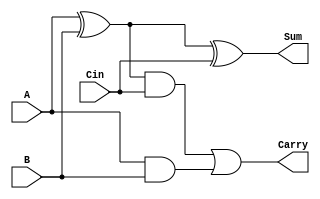

module full_adder_1bit(A,B,Cin,Sum,Carry);
input A,B,Cin;
output Sum,Carry;

wire temp1,temp2,temp3,temp4;
xor(temp1,A,B);
xor(Sum,temp1,Cin);
and(temp2,temp1,Cin);
and(temp3,A,B);
or(Carry,temp2,temp3);

endmodule

//`include "1bit_adder.v"
module adder_64bit(A,B,Sum,carry_overflow);
input [63:0]A;
input [63:0]B;
output [63:0] Sum;
output carry_overflow;


wire [64:0] Cin;
assign Cin[0]=1'b0;

genvar iterator_add;
generate
    for(iterator_add=0;iterator_add<64;iterator_add=iterator_add+1)begin
      full_adder_1bit inst3(A[iterator_add],B[iterator_add],Cin[iterator_add],Sum[iterator_add],Cin[iterator_add+1]);
    end

endgenerate

assign carry_overflow=Cin[64];



endmodule

module and_1bit(A,B,Y);
input A,B;
output Y;
wire temp;

and(temp,A,B);
assign Y=temp;
endmodule


//`include "1bit_and.v"
module and_64bit(A,B,Y);
input [63:0] A;
input [63:0] B;

output[63:0] Y;

genvar iterator_and;
generate
    for(iterator_and=0;iterator_and<64;iterator_and=iterator_and+1)begin
      and_1bit inst1(A[iterator_and],B[iterator_and],Y[iterator_and]);
    end
endgenerate



endmodule

module full_subtractor_1bit(A,B,Cin,M,Sum,Carry);
input A,B,Cin,M;
output Sum,Carry;

wire temp1,temp2,temp3,temp4;
wire bxorM;
xor(bxorM,B,M);
xor(temp1,A,bxorM);
xor(Sum,temp1,Cin);
and(temp2,temp1,Cin);
and(temp3,A,bxorM);
or(Carry,temp2,temp3);

endmodule

//`include "1bit_fulladderwithM.v"
module subtractor_64bit(A,B,Sum,carry_overflow);
input [63:0]A;
input [63:0]B;
output [63:0] Sum;
output carry_overflow;
wire M;
assign M=1'b1;
wire [64:0] Cin;
assign Cin[0]=1'b1;

genvar iterator_sub;
generate
    for(iterator_sub=0;iterator_sub<64;iterator_sub=iterator_sub+1)begin
      full_subtractor_1bit inst3(A[iterator_sub],B[iterator_sub],Cin[iterator_sub],M,Sum[iterator_sub],Cin[iterator_sub+1]);
    end

endgenerate

assign carry_overflow=Cin[64];


endmodule
module xor_1bit(A,B,Y);
input A,B;
output Y;
wire temp;

xor(temp,A,B);
assign Y=temp;
endmodule

//`include "1bit_xor.v"
module xor_64bit(A,B,Y);
input [63:0] A;
input [63:0] B;

output[63:0] Y;

genvar iterator_xor;
generate
    for(iterator_xor=0;iterator_xor<64;iterator_xor=iterator_xor+1)begin
      xor_1bit inst2(A[iterator_xor],B[iterator_xor],Y[iterator_xor]);
    end
endgenerate



endmodule
module alu_64bit(Control,X,Y,Result,carry,Zero_flag,Sign_flag,Overflow_flag);
input [63:0]X;
input [63:0]Y;
input [1:0] Control;
output reg [63:0] Result;
output reg carry;
output reg Zero_flag,Sign_flag,Overflow_flag;

wire[63:0]adder_out;
wire adder_overflow;
wire[63:0]subtractor_out;
wire subtractor_overflow;
wire[63:0]and_out;
wire[63:0]xor_out;

adder_64bit inst10(X,Y,adder_out,adder_overflow);
subtractor_64bit inst1(X,Y,subtractor_out,subtractor_overflow);
and_64bit inst2(X,Y,and_out);
xor_64bit inst3(X,Y,xor_out);

always@(*)
begin
    case(Control)

    2'b00:begin
        //X+Y
        Result=adder_out;
        // Overflow=adder_overflow;
        if(Result==0)begin
            Zero_flag=1'b1;
        end
        else begin
            Zero_flag=1'b0;
        end
        // Overflow_flag=Overflow;
        if(X[63]==1 || Y[63]==1)begin
            Sign_flag=1'b1;
        end
        else begin
            Sign_flag=1'b0;
        end
        if(((X[63]==1) &&(Y[63]==1)))begin
            if(Sign_flag==1 && Y[63]!=1)begin
                Overflow_flag=1;
                
            end
            else if(Sign_flag!=1 && Y[63]==1)begin
                Overflow_flag=1;
                
            end
            else begin
                Overflow_flag=0;
                
            end
        end
        else begin
           
            Overflow_flag=0;
        end
        carry=adder_overflow;

    end

    2'b01:begin
        //X-Y
        Result=subtractor_out;
        // Overflow=subtractor_overflow;
        if(Result==0)begin
            Zero_flag=1'b1;
        end
        else begin
            Zero_flag=1'b0;
        end
        
        if(X<Y && X[63]!=1 && Y[63]!=1)begin
            Sign_flag=1'b1;
        end
        else if(X[63]==1)begin
            Sign_flag=1'b1;
        end
        else begin
            Sign_flag=1'b0;
        end
         if(((X[63]==1) &&(Y[63]==1)))begin
            if(Sign_flag==1 && Y[63]!=1)begin
                Overflow_flag=1;
              
            end
            else if(Sign_flag!=1 && Y[63]==1)begin
                Overflow_flag=1;
                
            end
            else begin
                Overflow_flag=0;
                
            end
        end
        else begin
           
            Overflow_flag=0;
        end
        carry=subtractor_overflow;


    end

    2'b10:begin
        
        
        Result=and_out;
        carry=1'b0;
        if(Result==0)begin
            Zero_flag=1'b1;
        end
        else begin
            Zero_flag=1'b0;
        end
        Overflow_flag=0;
        Sign_flag=1'b0;
        
    end

    2'b11:begin
        
        Result=xor_out;
        carry=1'b0;
        if(Result==0)begin
            Zero_flag=1'b1;
        end
        else begin
            Zero_flag=1'b0;
        end
        Overflow_flag=0;
        Sign_flag=1'b0;
    end



    endcase


end

endmodule
module ALU_A(E_icode,E_valA,E_valC,alu_A);
input [3:0]E_icode;
input [63:0]E_valA,E_valC;
output reg [63:0] alu_A;


//if icode irrmovq or iopq alu_A=valA
//iirmovq irmmovq,imrmovq aluA=valC
//icall ipushq -8
//ret pop 8
always @(*)begin
if(E_icode==4'h2 || E_icode==4'h6)
begin
     alu_A=E_valA;
end
else if(E_icode==4'h3|| E_icode==4'h4||E_icode==4'h5)
begin
     alu_A=E_valC;

end
else if(E_icode==4'h8||E_icode==4'hA)
begin
     alu_A=-64'd8;
end
else if(E_icode==4'h9||E_icode==4'hB)
begin
     alu_A=64'd8;
end


end

endmodule
module ALU_B(E_icode,E_valB,alu_B);
input [3:0]E_icode;
input [63:0]E_valB;
output reg[63:0]alu_B;
//keep valB 0 for rrmovq irmovq 
//alu_B=valB for op,rmmov,mrmov,pop,push,call,ret
always @(*)begin
if(E_icode==4'h4||E_icode==4'h5|| E_icode==4'h6|| E_icode==4'h8||E_icode==4'h9|| E_icode==4'hA||E_icode==4'hB)begin
     alu_B=E_valB;
end
else if(E_icode==4'h2||E_icode==4'h3)begin
   alu_B=64'b0;
end
end
endmodule
module alu_exe(set_cc,E_icode,E_ifun,alu_A,alu_B,e_valE,e_Cnd,ZF,SF,OF,alu_fn,carry);
input [3:0]E_icode,E_ifun;
input[63:0]alu_A,alu_B;
output reg [63:0]e_valE;
output reg e_Cnd,ZF,SF,OF;
input set_cc;

wire tempzf,tempsf,tempof;
output reg [1:0]alu_fn;
wire[63:0] tempvale;

output reg carry;
wire carrytemp;
//alu_fn=fn if icode=6
//alu_fn=add otherwise
always @(*)begin

if(E_icode==4'h6)begin
     alu_fn[0]=E_ifun[0];
     alu_fn[1]=E_ifun[1];
end
else
begin
     alu_fn=2'b0;
end


end
alu_64bit inst(alu_fn,alu_B,alu_A,tempvale,carrytemp,tempzf,tempsf,tempof);


always @(*)begin
    e_valE=tempvale;
    carry=carrytemp;
    
    

if(set_cc==1)begin
    ZF=tempzf;
    SF=tempsf;
    OF=tempof;
end

//if jmp cmov instruction - update cc accordingly
if(E_icode==4'h7||E_icode==4'h2)begin
    if(E_ifun==4'h0)begin // jmp operand
        e_Cnd=1;
    end 
    else if (E_ifun==4'h1)begin//jle
        e_Cnd=(SF^OF)|ZF;
    end
     else if(E_ifun==4'h2)begin//jl
        e_Cnd=SF^OF;

     end
    else if(E_ifun==4'h3)begin//je
        e_Cnd=ZF;

    end
    else if(E_ifun==4'h4)begin//je
        e_Cnd=~ZF;

    end
    else if(E_ifun==4'h5)begin//je
        e_Cnd=~(SF^OF);

    end
    else if(E_ifun==4'h6)begin//je
        e_Cnd=~(SF^OF) & ~ZF;

    end
end
else begin
    e_Cnd=0;
end
end

endmodule
module execute(E_stat,set_cc,E_icode,E_ifun,E_valC,E_valA,E_valB,E_dstE,E_dstM,e_stat ,e_icode ,e_Cnd ,e_valE ,e_valA ,e_dstE ,e_dstM);
input [3:0]E_icode,E_ifun;
input set_cc;
input [2:0] E_stat;
input [63:0]E_valA,E_valC,E_valB;
input [3:0] E_dstE,E_dstM;
wire ZF,SF,OF;
wire[1:0]alu_fn;
wire [63:0] alu_A;
wire [63:0] alu_B;
wire carry;

output reg [63:0] e_valA ;
output wire[63:0] e_valE;
output reg [3:0] e_dstE ,e_dstM;
output reg [3:0]  e_icode;
output reg [2:0]  e_stat ;
output wire e_Cnd;

ALU_A inst1(E_icode,E_valA,E_valC,alu_A);
ALU_B inst2(E_icode,E_valB,alu_B);
alu_exe inst3(set_cc,E_icode,E_ifun,alu_A,alu_B,e_valE,e_Cnd,ZF,SF,OF,alu_fn,carry);

always @(*) begin
    e_icode <= E_icode;
    e_stat  <= E_stat ;
    e_valA  <= E_valA ;
    e_dstM  <= E_dstM ;
    e_dstE <= E_dstE;
    
end

endmodule